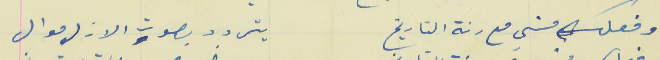
وفعلك مشي مع رنة التاريخ                                يتردد بصوت الازل موال